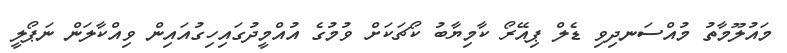
މައުލޫމާތު މުއްސަނދިވި ޑެލް ޕިއޭރޯ ކާމިޔާބު ކޯޗަކަށް ވުމުގެ އުއްމީދުގައިހިގުއައިން ވިއްކާލަން ނަޕޯލީ